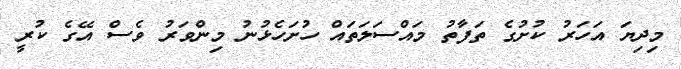
މިދިޔަ އަހަރު ކުށުގެ ތަފާތު މައްސަލަތައް ހުށަހެޅުނު މިންވަރު ވެސް އޭގެ ކުރީ